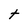
Character: t